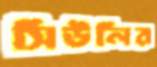
সিউলির